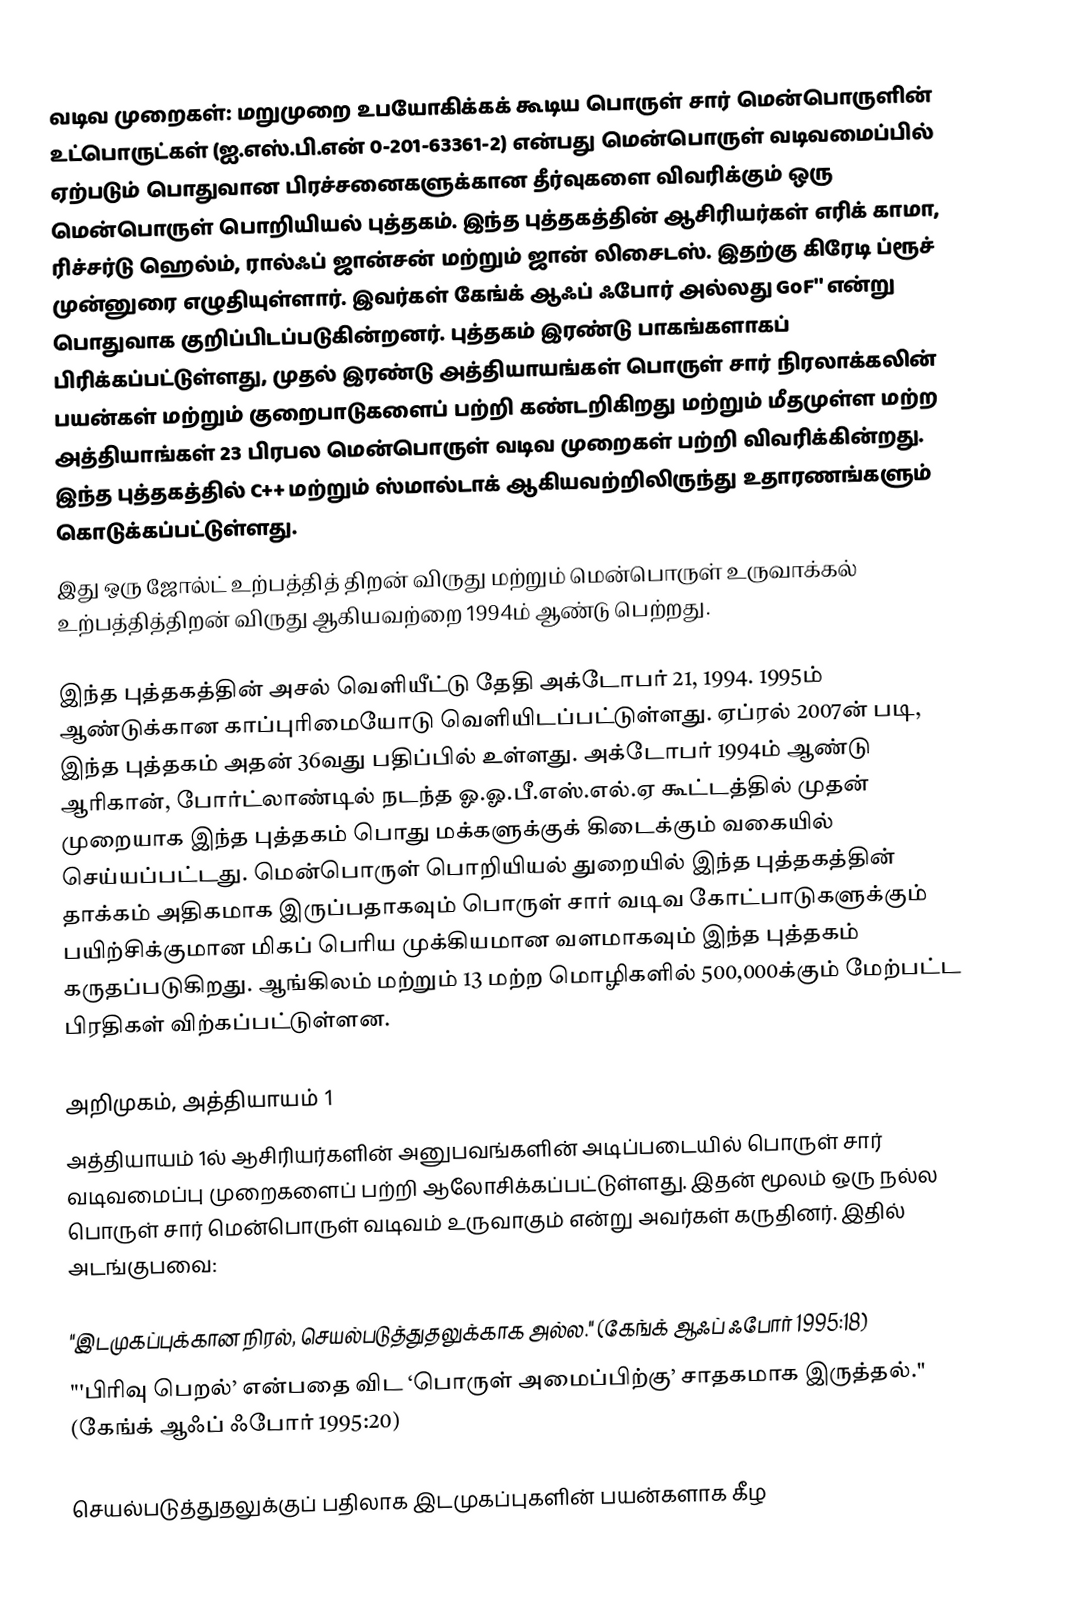
வடிவ முறைகள்: மறுமுறை உபயோகிக்கக் கூடிய பொருள் சார் மென்பொருளின் உட்பொருட்கள்   (ஐ.எஸ்.பி.என் 0-201-63361-2) என்பது மென்பொருள் வடிவமைப்பில் ஏற்படும் பொதுவான பிரச்சனைகளுக்கான தீர்வுகளை விவரிக்கும் ஒரு மென்பொருள் பொறியியல் புத்தகம். இந்த புத்தகத்தின் ஆசிரியர்கள் எரிக் காமா, ரிச்சர்டு ஹெல்ம், ரால்ஃப் ஜான்சன் மற்றும் ஜான் லிசைடஸ். இதற்கு கிரேடி ப்ரூச் முன்னுரை எழுதியுள்ளார். இவர்கள் கேங்க் ஆஃப் ஃபோர்   அல்லது GoF''   என்று பொதுவாக குறிப்பிடப்படுகின்றனர். புத்தகம் இரண்டு பாகங்களாகப் பிரிக்கப்பட்டுள்ளது, முதல் இரண்டு அத்தியாயங்கள் பொருள் சார் நிரலாக்கலின் பயன்கள் மற்றும் குறைபாடுகளைப் பற்றி கண்டறிகிறது மற்றும் மீதமுள்ள மற்ற அத்தியாங்கள் 23 பிரபல மென்பொருள் வடிவ முறைகள் பற்றி விவரிக்கின்றது. இந்த புத்தகத்தில் C++ மற்றும் ஸ்மால்டாக் ஆகியவற்றிலிருந்து உதாரணங்களும் கொடுக்கப்பட்டுள்ளது.
இது ஒரு ஜோல்ட் உற்பத்தித் திறன் விருது மற்றும் மென்பொருள் உருவாக்கல் உற்பத்தித்திறன் விருது ஆகியவற்றை 1994ம் ஆண்டு பெற்றது.

இந்த புத்தகத்தின் அசல் வெளியீட்டு தேதி அக்டோபர் 21, 1994. 1995ம் ஆண்டுக்கான காப்புரிமையோடு வெளியிடப்பட்டுள்ளது. ஏப்ரல் 2007ன் படி, இந்த புத்தகம் அதன் 36வது பதிப்பில் உள்ளது. அக்டோபர் 1994ம் ஆண்டு ஆரிகான், போர்ட்லாண்டில் நடந்த ஓ.ஓ.பீ.எஸ்.எல்.ஏ கூட்டத்தில் முதன் முறையாக இந்த புத்தகம் பொது மக்களுக்குக் கிடைக்கும் வகையில் செய்யப்பட்டது. மென்பொருள் பொறியியல் துறையில் இந்த புத்தகத்தின் தாக்கம் அதிகமாக இருப்பதாகவும் பொருள் சார் வடிவ கோட்பாடுகளுக்கும் பயிற்சிக்குமான மிகப் பெரிய முக்கியமான வளமாகவும் இந்த புத்தகம் கருதப்படுகிறது. ஆங்கிலம் மற்றும் 13 மற்ற மொழிகளில் 500,000க்கும் மேற்பட்ட பிரதிகள் விற்கப்பட்டுள்ளன.

அறிமுகம், அத்தியாயம் 1
அத்தியாயம் 1ல் ஆசிரியர்களின் அனுபவங்களின் அடிப்படையில் பொருள் சார் வடிவமைப்பு முறைகளைப் பற்றி ஆலோசிக்கப்பட்டுள்ளது. இதன் மூலம் ஒரு நல்ல பொருள் சார் மென்பொருள் வடிவம் உருவாகும் என்று அவர்கள் கருதினர். இதில் அடங்குபவை:

 "இடமுகப்புக்கான நிரல், செயல்படுத்துதலுக்காக  அல்ல." (கேங்க் ஆஃப் ஃபோர் 1995:18)
 "'பிரிவு பெறல்’ என்பதை விட ‘பொருள் அமைப்பிற்கு’ சாதகமாக இருத்தல்." (கேங்க் ஆஃப் ஃபோர் 1995:20)

செயல்படுத்துதலுக்குப் பதிலாக இடமுகப்புகளின் பயன்களாக கீழ